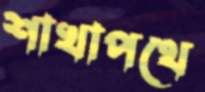
শাখাপথে